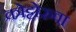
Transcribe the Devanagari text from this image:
कोट्टोरुवा